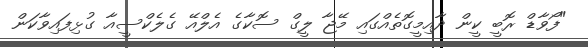
"ފޯވާޑް ރޮބީ ކީން ދާއިމީގޮތެއްގައި މޭޖާ ލީގް ސޮކާގެ އެލްއޭ ގެލެކްސީއާ ގުޅިފައިވާކަން